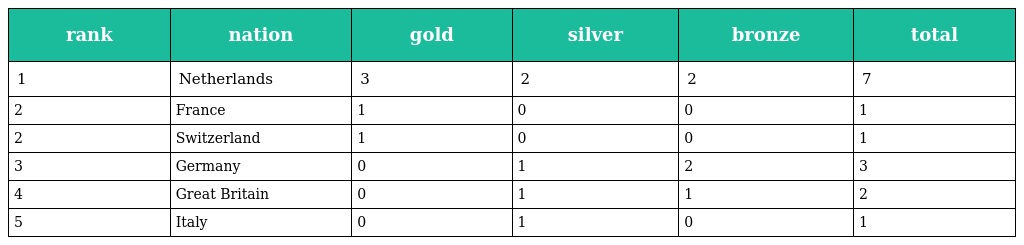
| rank | nation | gold | silver | bronze | total |
 | --- | --- | --- | --- | --- | --- |
 | 1 | Netherlands | 3 | 2 | 2 | 7 |
 | 2 | France | 1 | 0 | 0 | 1 |
 | 2 | Switzerland | 1 | 0 | 0 | 1 |
 | 3 | Germany | 0 | 1 | 2 | 3 |
 | 4 | Great Britain | 0 | 1 | 1 | 2 |
 | 5 | Italy | 0 | 1 | 0 | 1 |